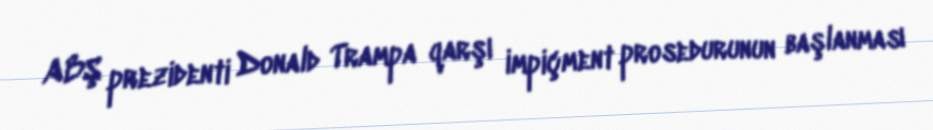
ABŞ prezidenti Donald Trampa qarşı impiçment prosedurunun başlanması